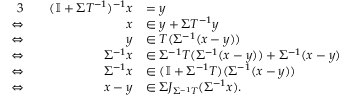
\begin{array} { r l r l } { { 3 } } & { } & { ( \mathbb I + \Sigma T ^ { - 1 } ) ^ { - 1 } x } & { = y } \\ { \Leftrightarrow } & { } & { x } & { \in y + \Sigma T ^ { - 1 } y } \\ { \Leftrightarrow } & { } & { y } & { \in T ( \Sigma ^ { - 1 } ( x - y ) ) } \\ { \Leftrightarrow } & { } & { \Sigma ^ { - 1 } x } & { \in \Sigma ^ { - 1 } T ( \Sigma ^ { - 1 } ( x - y ) ) + \Sigma ^ { - 1 } ( x - y ) } \\ { \Leftrightarrow } & { } & { \Sigma ^ { - 1 } x } & { \in ( \mathbb I + \Sigma ^ { - 1 } T ) ( \Sigma ^ { - 1 } ( x - y ) ) } \\ { \Leftrightarrow } & { } & { x - y } & { \in \Sigma J _ { \Sigma ^ { - 1 } T } ( \Sigma ^ { - 1 } x ) . } \end{array}